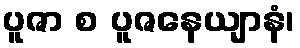
ပူဇာ စ ပူဇနေယျာနံ၊